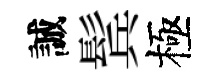
誠鬂極